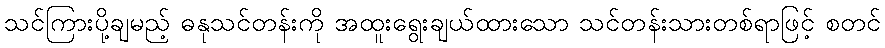
သင်ကြားပို့ချမည့် ဓနုသင်တန်းကို အထူးရွေးချယ်ထားသော သင်တန်းသားတစ်ရာဖြင့် စတင်